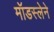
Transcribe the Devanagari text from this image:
मॉडस्लेने